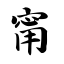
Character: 甯